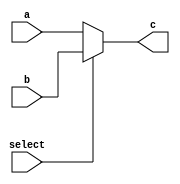
`timescale 1ns / 1ps
//////////////////////////////////////////////////////////////////////////////////
// Company: 
// Engineer: 
// 
// Design Name: 
// Module Name: MUX
// Project Name: 
// Target Devices: 
// Tool Versions: 
// Description: 
// 
// Dependencies: 
// 
// Revision:
// Revision 0.01 - File Created
// Additional Comments:
// 
//////////////////////////////////////////////////////////////////////////////////


module MUX(input select,input[31:0]a,b,output reg[31:0] c

    );
    
    always @* begin
    if(select)
    c = b;
    else
    c = a;
    end
    
endmodule